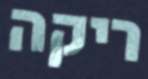
ריקה